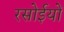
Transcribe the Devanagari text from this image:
रसोईयों